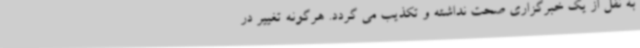
به نقل از یک خبرگزاری صحت نداشته و تکذیب می گردد. هرگونه تغییر در